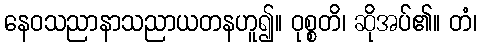
နေဝသညာနာသညာယတနဟူ၍။ ဝုစ္စတိ၊ ဆိုအပ်၏။ တံ၊